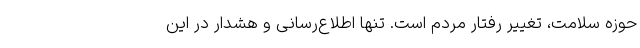
حوزه سلامت، تغییر رفتار مردم است. تنها اطلاع‌رسانی و هشدار در این